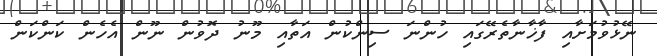
ނޭޅުވުމަށާއި ފާޚާނާތެރޭގައި ހުންނަ ސިންކުން އަތާއި މޫނު ދޮވުން ނޫން އެހެން ކަންކަން